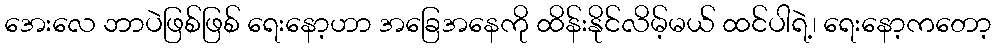
အေးလေ ဘာပဲဖြစ်ဖြစ် ရေးနော့ဟာ အခြေအနေကို ထိန်းနိုင်လိမ့်မယ် ထင်ပါရဲ့၊ ရေးနော့ကတော့